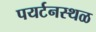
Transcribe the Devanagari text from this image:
पयर्टनस्थळ